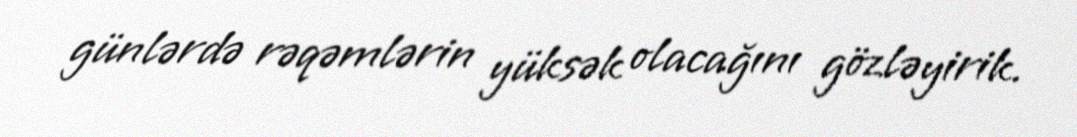
günlərdə rəqəmlərin yüksək olacağını gözləyirik.